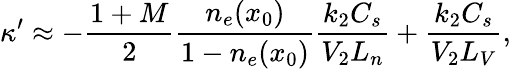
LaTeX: \kappa^{\prime}\approx-\frac{1+M}{2}\frac{n_{e}(x_{0})}{1-n_{e}(x_{0})}\frac{k_{2}C_{s}}{V_{2}L_{n}}+\frac{k_{2}C_{s}}{V_{2}L_{V}},